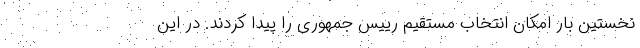
نخستین بار امکان انتخاب مستقیم رییس جمهوری را پیدا کردند. در این